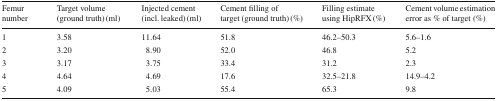
| Femur number | Target volume (ground truth) (ml) | Injected cement (incl. leaked) (ml) | Cement filling of target (ground truth) (%) | Filling estimate using HipRFX (%) | Cement volume estimation error as % of target(%) |
 | --- | --- | --- | --- | --- | --- |
 | 1 | 3.58 | 11.64 | 51.8 | 46.2–50.3 | 5.6–1.6 |
 | 2 | 3.20 | 8.90 | 52.0 | 46.8 | 5.2 |
 | 3 | 3.17 | 3.75 | 33.4 | 31.2 | 2.3 |
 | 4 | 4.64 | 4.69 | 17.6 | 32.5–21.8 | 14.9–4.2 |
 | 5 | 4.09 | 5.03 | 55.4 | 65.3 | 9.8 |